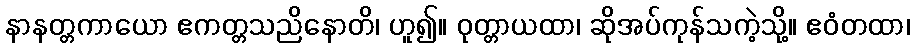
နာနတ္တကာယော ဧကတ္တသညိနောတိ၊ ဟူ၍။ ဝုတ္တာယထာ၊ ဆိုအပ်ကုန်သကဲ့သို့။ ဧဝံတထာ၊